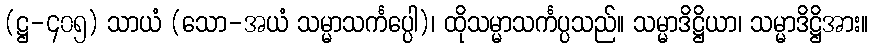
(ဋ္ဌ-၄၀၅) သာယံ (သော-အယံ သမ္မာသင်္ကပ္ပေါ)၊ ထိုသမ္မာသင်္ကပ္ပသည်။ သမ္မာဒိဋ္ဌိယာ၊ သမ္မာဒိဋ္ဌိအား။